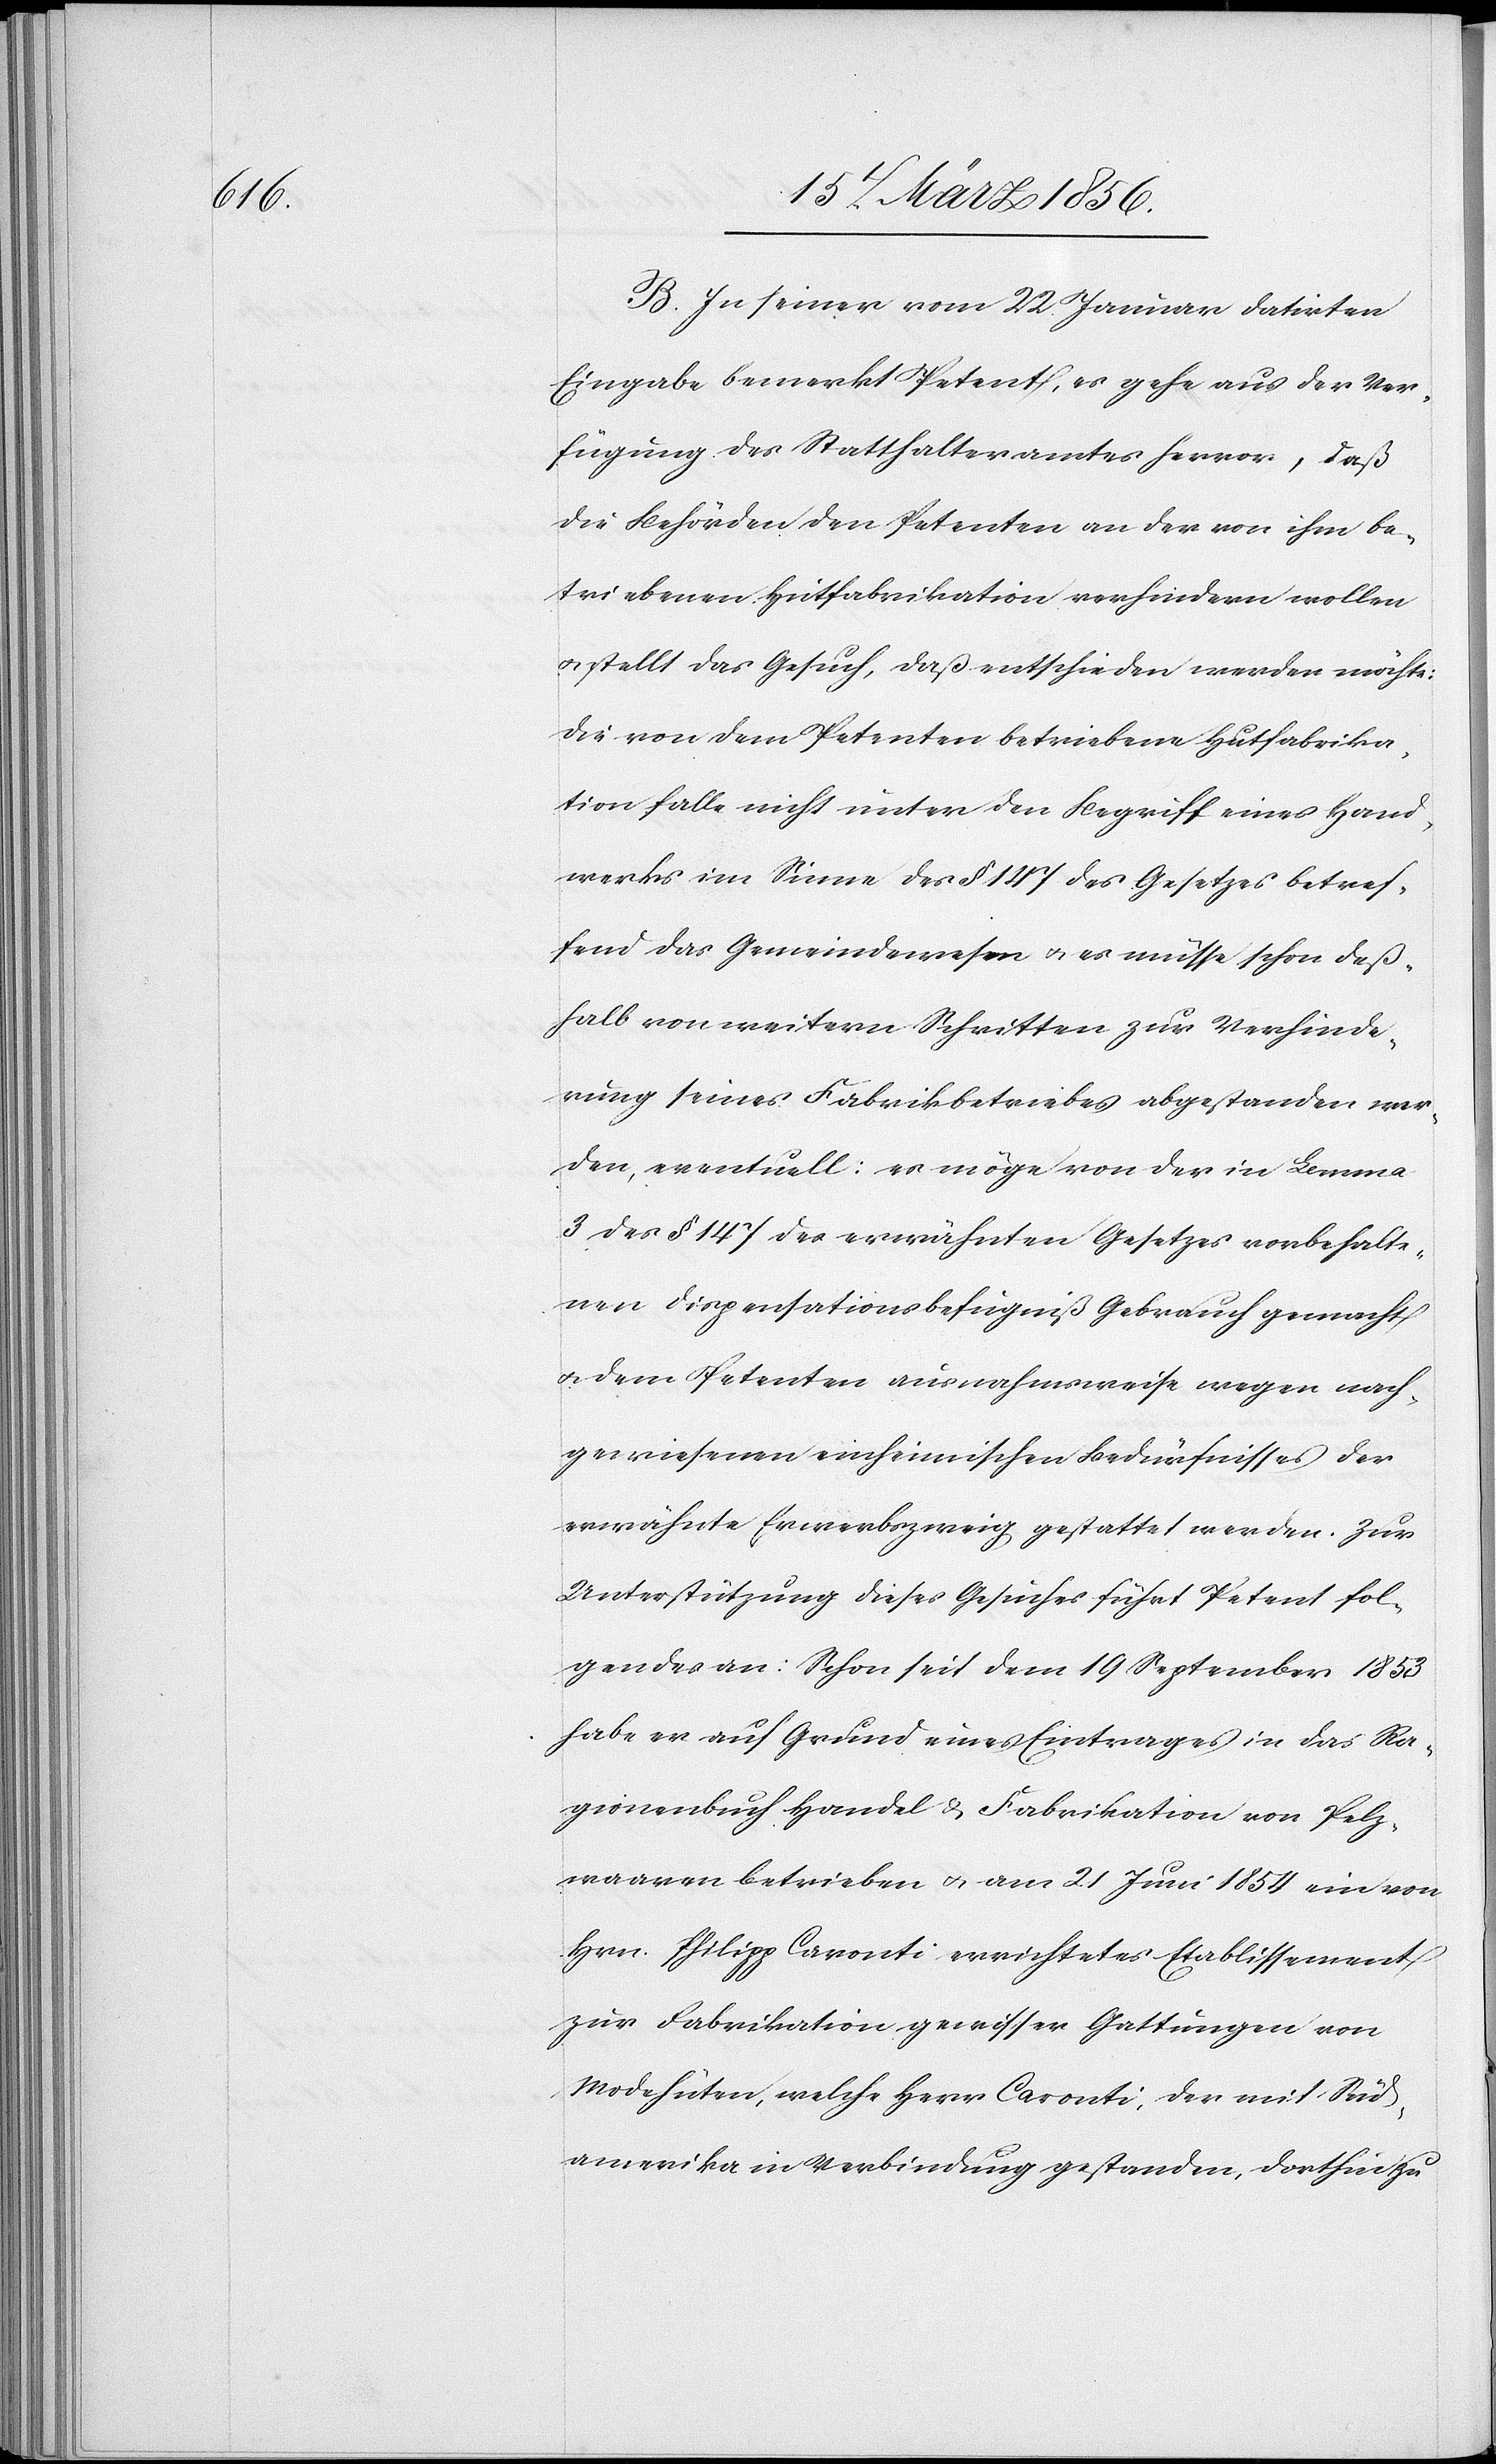
B. In seiner vom 22. Januar datirten
Eingabe bemerkt Petent, es gehe aus der Ver¬
fügung des Statthalteramtes hervor, daß
die Behörden den Petenten an der von ihm be¬
triebenen Hutfabrikation verhindern wollen
u. stellt das Gesuch, daß entschieden werden möchte:
Die von dem Petenten betriebene Hutfabrika¬
tion falle nicht unter den Begriff eines Hand¬
werks im Sinne des § 147 des Gesetzes betref¬
fend das Gemeindewesen u. es müsse schon deß¬
halb von weitern Schritten zur Verhinde¬
rung seines Fabrikbetriebes abgestanden wer¬
den, eventuell: es mögen von der in Lemma
3 des § 147 des erwähnten Gesetzes vorbehalte¬
nen Dispensationsbefugniß Gebrauch gemacht
u. dem Petenten ausnahmsweise wegen nach¬
gewiesenen einheimischen Bedürfnissen der
erwähnte Erwerbszweig gestattet werden. Zur
Unterstützung dieses Gesuches führt Petent fol¬
gendes an: Schon seit dem 19 September 1853
habe er auf Grund eines Eintrages in das Ra¬
gionenbuch Handel & Fabrikation von Pelz¬
waaren betrieben u. am 21 Juni 1854 ein von
Hrn. Philipp Caronti errichtetes Etablissement
zur Fabrikation gewisser Gattungen von
Modehüten, welche Herr Caronti, der mit Süd¬
amerika in Verbindung gestanden, dorthin zu